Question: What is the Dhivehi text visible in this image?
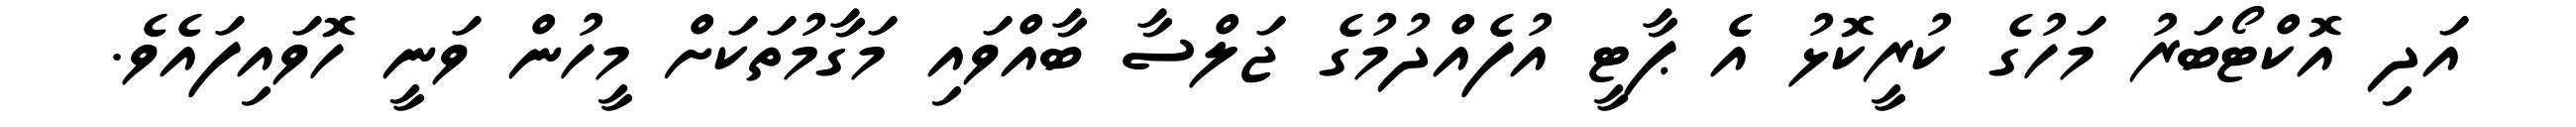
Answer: އަދި އޮކްޓޯބަރު މަހުގެ ކުރީކޮޅު އެ ޕާޓީ އުފެއްދުމުގެ ޖަލްސާ ބާއްވައި މަގާމުތަކަށް މީހުން ވަނީ ހޮވައިފައެވެ.